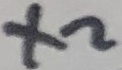
Text: X2